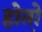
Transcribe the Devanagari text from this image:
होतो़